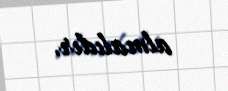
almalıdır.